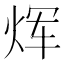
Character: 𪸩